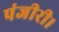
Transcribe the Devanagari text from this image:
पंजीरी।